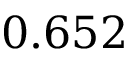
0 . 6 5 2